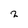
Character: 2